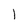
Character: l